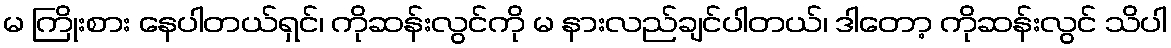
မ ကြိုးစား နေပါတယ်ရှင်၊ ကိုဆန်းလွင်ကို မ နားလည်ချင်ပါတယ်၊ ဒါတော့ ကိုဆန်းလွင် သိပါ